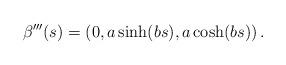
LaTeX: \begin{align*}\beta ^{\prime \prime \prime }(s)=\left( 0,a\sinh (bs),a\cosh (bs)\right).\end{align*}